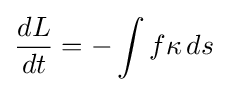
{\frac {dL}{dt}}=-\int f\kappa \,ds